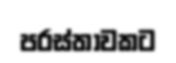
පරස්තාවකට